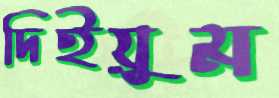
দিইয়ুম